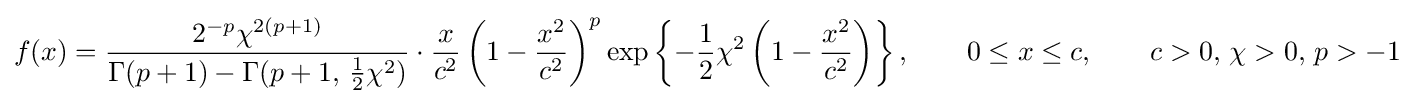
f(x)={\frac {2^{-p}\chi ^{2(p+1)}}{\Gamma (p+1)-\Gamma (p+1,\,{\tfrac {1}{2}}\chi ^{2})}}\cdot {\frac {x}{c^{2}}}\left(1-{\frac {x^{2}}{c^{2}}}\right)^{p}\exp \left\{-{\frac {1}{2}}\chi ^{2}\left(1-{\frac {x^{2}}{c^{2}}}\right)\right\},\qquad 0\leq x\leq c,\qquad c>0,\,\chi >0,\,p>-1